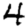
Digit: 4